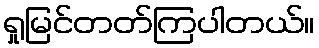
ရှုမြင်တတ်ကြပါတယ်။